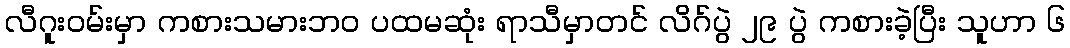
လီဂူးဝမ်းမှာ ကစားသမားဘဝ ပထမဆုံး ရာသီမှာတင် လိဂ်ပွဲ ၂၉ ပွဲ ကစားခဲ့ပြီး သူဟာ ၆